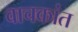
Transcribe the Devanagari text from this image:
वाचकांत